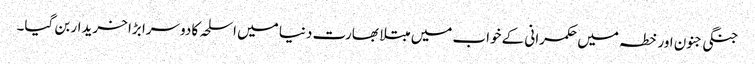
جنگی جنون اور خطہ میں حکمرانی کے خواب میں مبتلا بھارت دنیا میں اسلحہ کا دوسرا بڑا خریدار بن گیا۔